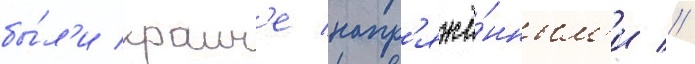
бы́л'и краин'е напр'яжё́нным'и //